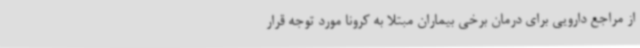
از مراجع دارویی برای درمان برخی بیماران مبتلا به کرونا مورد توجه قرار